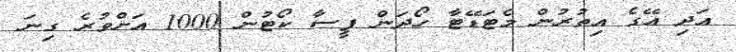
އަދި އޭގެ އިތުރުން މެޓަޑޭޓާ ހޯދަން ފީސާ ކޯޓުން 1000 އަށްވުރެ ގިނަ